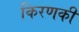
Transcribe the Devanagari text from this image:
किरणकी